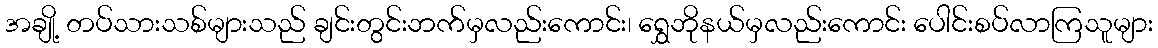
အချို့ တပ်သားသစ်များသည် ချင်းတွင်းဘက်မှလည်းကောင်း၊ ရွှေဘိုနယ်မှလည်းကောင်း ပေါင်းစပ်လာကြသူများ